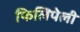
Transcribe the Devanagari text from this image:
फिलिपेली